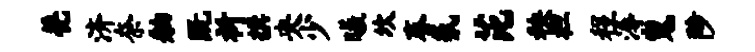
甍济奈舳既祈撰央少曦坎春氛芘秧袒程溽嵬陟